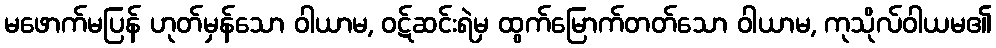
မဖောက်မပြန် ဟုတ်မှန်သော ဝါယာမ, ဝဋ်ဆင်းရဲမှ ထွက်မြောက်တတ်သော ဝါယာမ, ကုသိုလ်ဝါယမ၏